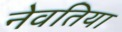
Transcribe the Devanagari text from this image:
नेवतिया